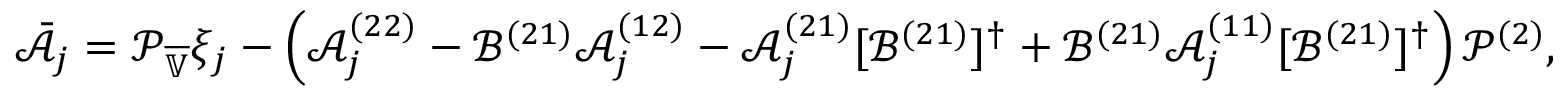
\bar { \mathcal { A } } _ { j } = \mathcal { P } _ { \overline { { \mathbb { V } } } } \xi _ { j } - \left( \mathcal { A } _ { j } ^ { ( 2 2 ) } - \mathcal { B } ^ { ( 2 1 ) } \mathcal { A } _ { j } ^ { ( 1 2 ) } - \mathcal { A } _ { j } ^ { ( 2 1 ) } [ \mathcal { B } ^ { ( 2 1 ) } ] ^ { \dagger } + \mathcal { B } ^ { ( 2 1 ) } \mathcal { A } _ { j } ^ { ( 1 1 ) } [ \mathcal { B } ^ { ( 2 1 ) } ] ^ { \dagger } \right) \mathcal { P } ^ { ( 2 ) } ,